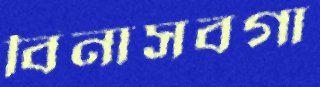
বিনাসবগা